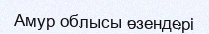
Амур облысы өзендері